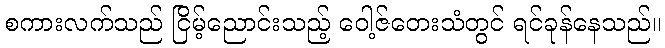
စကားလက်သည် ငြိမ့်ညောင်းသည့် ဝေါ့ဇ်တေးသံတွင် ရင်ခုန်နေသည်။